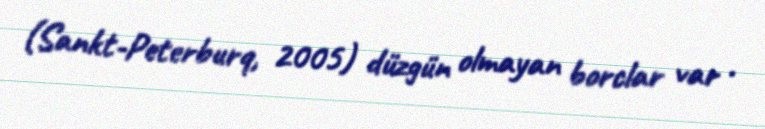
(Sankt-Peterburq, 2005) düzgün olmayan borclar var .